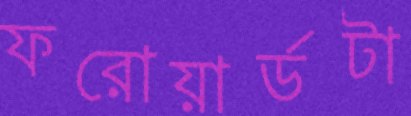
ফরোয়ার্ডটা